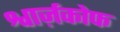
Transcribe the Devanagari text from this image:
श्वार्ज़कोफ